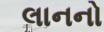
લાનનો